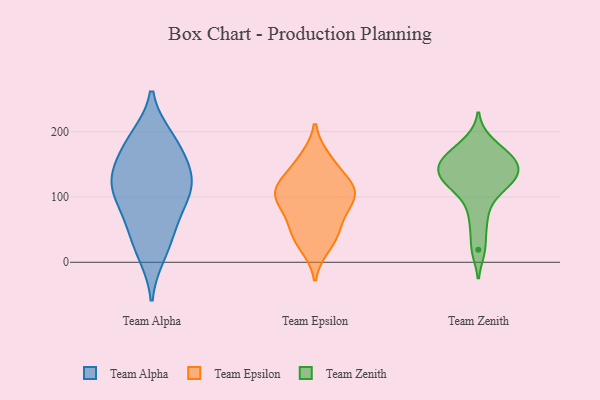
{"axis": {"x": "Customer Acquisition Cost (USD)", "y": "Value"}, "legend": ["Team Alpha", "Team Epsilon", "Team Zenith"], "data": [{"x": "", "y": 177, "type": "Team Alpha"}, {"x": "", "y": 30, "type": "Team Alpha"}, {"x": "", "y": 137, "type": "Team Alpha"}, {"x": "", "y": 103, "type": "Team Alpha"}, {"x": "", "y": 185, "type": "Team Alpha"}, {"x": "", "y": 13, "type": "Team Alpha"}, {"x": "", "y": 142, "type": "Team Alpha"}, {"x": "", "y": 71, "type": "Team Alpha"}, {"x": "", "y": 110, "type": "Team Alpha"}, {"x": "", "y": 120, "type": "Team Alpha"}, {"x": "", "y": 123, "type": "Team Alpha"}, {"x": "", "y": 63, "type": "Team Alpha"}, {"x": "", "y": 190, "type": "Team Alpha"}, {"x": "", "y": 40, "type": "Team Epsilon"}, {"x": "", "y": 70, "type": "Team Epsilon"}, {"x": "", "y": 88, "type": "Team Epsilon"}, {"x": "", "y": 105, "type": "Team Epsilon"}, {"x": "", "y": 114, "type": "Team Epsilon"}, {"x": "", "y": 26, "type": "Team Epsilon"}, {"x": "", "y": 48, "type": "Team Epsilon"}, {"x": "", "y": 150, "type": "Team Epsilon"}, {"x": "", "y": 106, "type": "Team Epsilon"}, {"x": "", "y": 158, "type": "Team Epsilon"}, {"x": "", "y": 118, "type": "Team Epsilon"}, {"x": "", "y": 105, "type": "Team Epsilon"}, {"x": "", "y": 154, "type": "Team Zenith"}, {"x": "", "y": 186, "type": "Team Zenith"}, {"x": "", "y": 133, "type": "Team Zenith"}, {"x": "", "y": 155, "type": "Team Zenith"}, {"x": "", "y": 127, "type": "Team Zenith"}, {"x": "", "y": 59, "type": "Team Zenith"}, {"x": "", "y": 116, "type": "Team Zenith"}, {"x": "", "y": 124, "type": "Team Zenith"}, {"x": "", "y": 160, "type": "Team Zenith"}, {"x": "", "y": 165, "type": "Team Zenith"}, {"x": "", "y": 19, "type": "Team Zenith"}, {"x": "", "y": 92, "type": "Team Zenith"}, {"x": "", "y": 139, "type": "Team Zenith"}]}